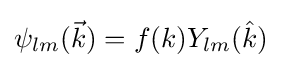
\psi _{lm}({\vec {k}})=f(k)Y_{lm}({\hat {k}})